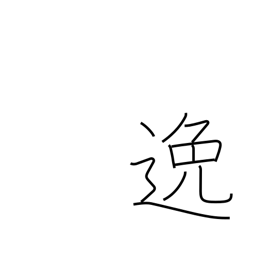
Meaning: elude